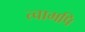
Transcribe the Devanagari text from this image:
त्वामपि